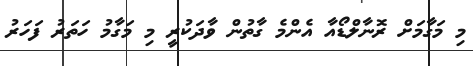
މި މަގާމަށް ރޮނާލްޑޯއާ އެންމެ ގާތުން ވާދަކުރީ މި މަގާމު ހަތަރު ފަހަރު